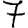
Digit: 7